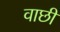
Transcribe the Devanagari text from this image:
वाछी